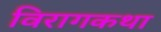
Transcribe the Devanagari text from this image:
विरागकथा